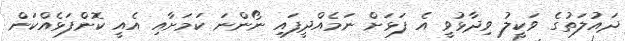
ދައުލަތުގެ ވަކީލު ވިދާޅުވީ އެ ފަޅަށް ނަމެއްދީފައި ނޯންނަ ކަމަށާއި އެއީ ކޮންފަޅެއްކަން